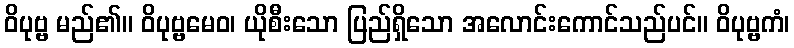
ဝိပုဗ္ဗ မည်၏။ ဝိပုဗ္ဗမေဝ၊ ယိုစီးသော ပြည်ရှိသော အလောင်းကောင်သည်ပင်။ ဝိပုဗ္ဗကံ၊